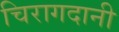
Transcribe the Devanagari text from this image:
चिरागदानी